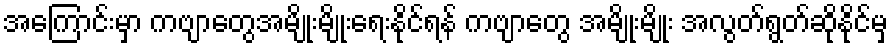
အကြောင်းမှာ ကဗျာတွေအမျိုးမျိုးရေးနိုင်ရန် ကဗျာတွေ အမျိုးမျိုး အလွတ်ရွတ်ဆိုနိုင်မှ